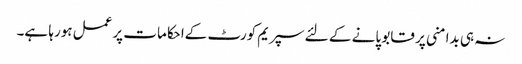
نہ ہی بدامنی پر قابو پانے کے لئے سپریم کورٹ کےاحکامات پرعمل ہورہا ہے۔